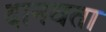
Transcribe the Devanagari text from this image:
दानवता